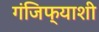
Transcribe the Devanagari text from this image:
गंजिफ्याशी